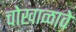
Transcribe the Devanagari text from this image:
चोखाळावे